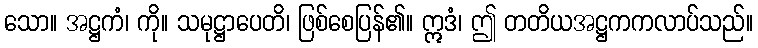
သော။ အဋ္ဌကံ၊ ကို။ သမုဋ္ဌာပေတိ၊ ဖြစ်စေပြန်၏။ ဣဒံ၊ ဤ တတိယအဋ္ဌကကလာပ်သည်။